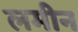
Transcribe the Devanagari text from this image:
लमीन